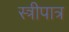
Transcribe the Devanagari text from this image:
स्त्रीपात्र